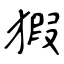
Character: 猳